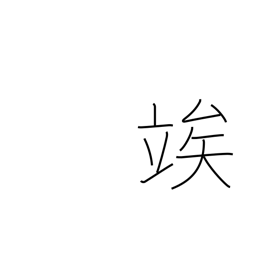
Meaning: wait until